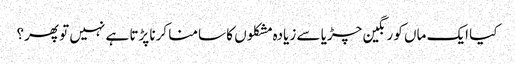
کیا ایک ماں کو رنگین چڑیا سے زیادہ مشکلوں کا سامنا کرنا پڑتا ہے نہیں تو پھر؟